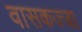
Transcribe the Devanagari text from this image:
वासकज्जा